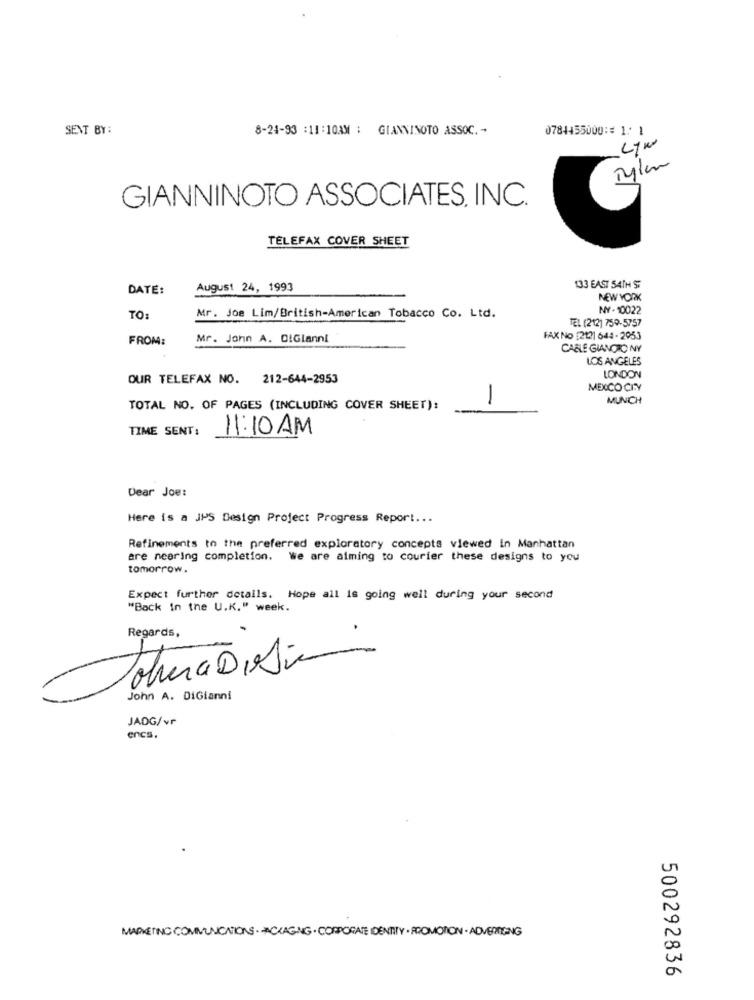
SENT BY:
8-24-93 :11:10AM : GIANNINOTO ASSOC .-
0784455000: 1: 1
LyW
3
GIANNINOTO ASSOCIATES, INC.
TELEFAX COVER SHEET
DATE:
August 24, 1993
133 EAST 54TH ST
NEW YORK
NY - 10022
TO:
Mr. Joe Lim/British-American Tobacco Co. Ltd.
TEL (212) 759-5757
FROM:
Mr. John A. DIGlanni
FAX NO [212] 644 - 2053
CARLE GIANOTONY
LOS ANGELES
OUR TELEFAX NO. 212-644-2953
LONDON
MEXICO CITY
MUNCH
TOTAL NO. OF PAGES (INCLUDING COVER SHEET):
-
TIME SENT:
11:10 AM
Dear Joe:
Here is a JPS Design Project Progress Report ...
Refinements to the preferred exploratory concepts viewed in Manhattan
are neering completion. we are aiming to courier these designs to you
tomorrow.
Expect further details. Hope all Is going well during your second
"Back in the U.K." week.
Regards,
5
ToleraDisic
John A. DiGianni
JADG/vr
encs.
MARKETING COMMUNICATIONS . PACKAGING . CORPORATE IDENTITY . PROMOTION . ADVERTIGING
500292836